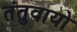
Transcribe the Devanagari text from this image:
तंतुवायो